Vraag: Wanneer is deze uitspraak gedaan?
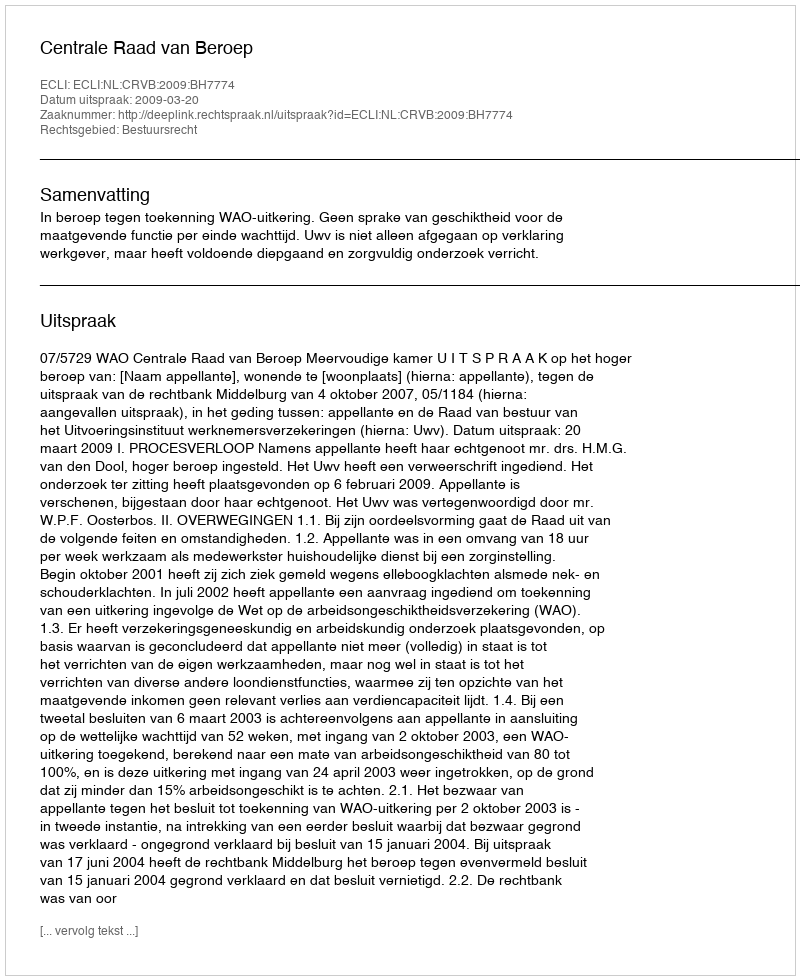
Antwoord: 2009-03-20